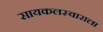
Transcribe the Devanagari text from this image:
सायकलस्वाराला